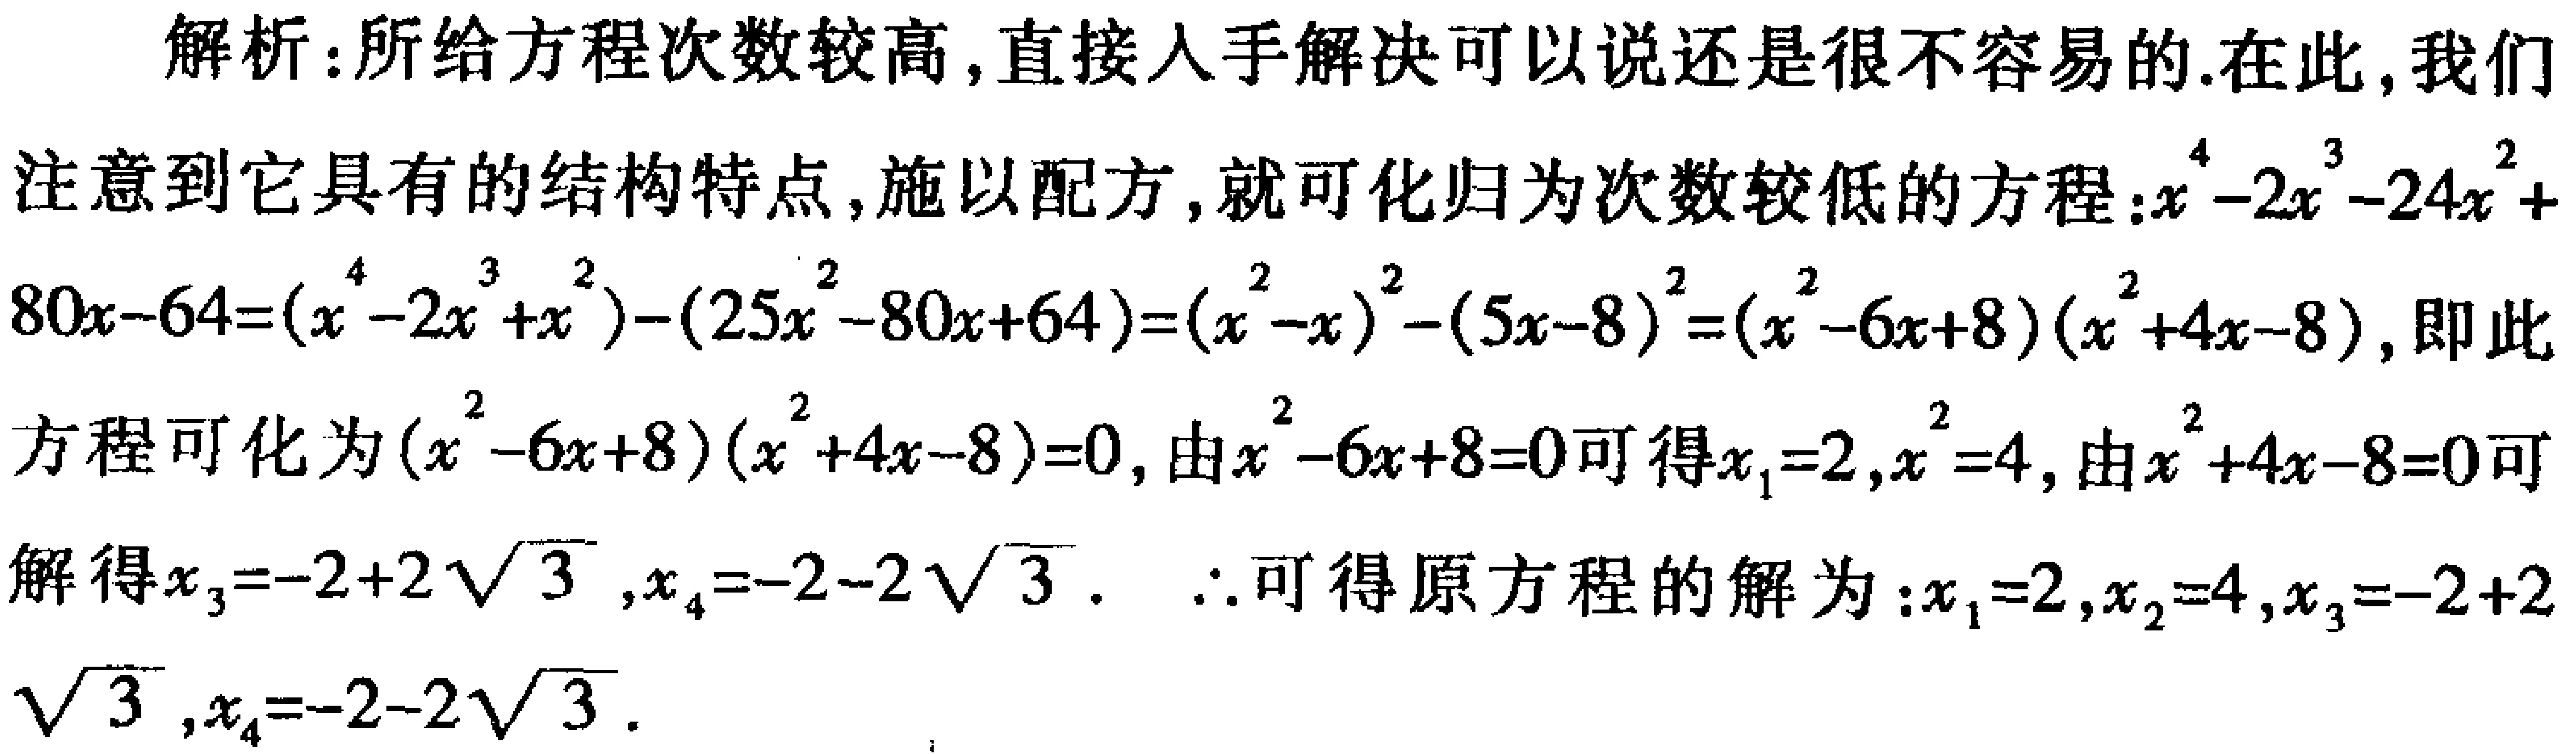
解析：所给方程次数较高,直接入手解决可以说还是很不容易的.在此,我们
注意到它具有的结构特点,施以配方,就可化归为次数较低的方程：\(x^{4}-2x^{3}-24x^{2}+
80x - 64=(x^{4}-2x^{3}+x^{2})-(25x^{2}-80x + 64)=(x^{2}-x)^{2}-(5x - 8)^{2}=(x^{2}-6x + 8)(x^{2}+4x - 8)\),即此
方程可化为\((x^{2}-6x + 8)(x^{2}+4x - 8)=0\),由\(x^{2}-6x + 8 = 0\)可得\(x_{1}=2,x^{2}=4\),由\(x^{2}+4x - 8 = 0\)可
解得\(x_{3}=-2 + 2\sqrt{3},x_{4}=-2-2\sqrt{3}\). \(\therefore\)可得原方程的解为：\(x_{1}=2,x_{2}=4,x_{3}=-2 + 2
\sqrt{3},x_{4}=-2-2\sqrt{3}\).